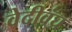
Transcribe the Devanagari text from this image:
वेदीवंघ